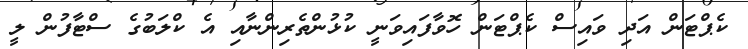
ކެޕްޓަން އަދި ވައިސް ކެޕްޓަން ހޮވާފައިވަނީ ކުޅުންތެރިންނާއި އެ ކްލަބުގެ ސްޓާފުން ލީ